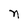
Character: n